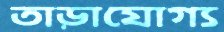
তাড়াযোগ্য